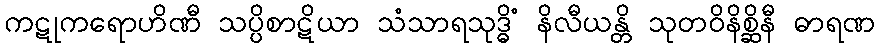
ကဋုကရောဟိဏီ သပ္ပိစာဋိယာ သံသာရသုဒ္ဓိံ နိလီယန္တိ သုတဝိနိစ္ဆိနီ ဓာရဏ